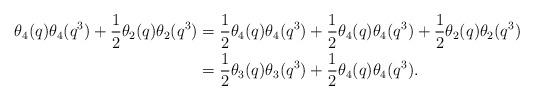
LaTeX: \begin{align*} \theta_4(q)\theta_4(q^3)+\dfrac{1}{2}\theta_2(q)\theta_2(q^3) &= \dfrac{1}{2}\theta_4(q)\theta_4(q^3)+\dfrac{1}{2}\theta_4(q)\theta_4(q^3)+\dfrac{1}{2}\theta_2(q)\theta_2(q^3)\\ &= \dfrac{1}{2}\theta_3(q)\theta_3(q^3)+\dfrac{1}{2}\theta_4(q)\theta_4(q^3).\end{align*}